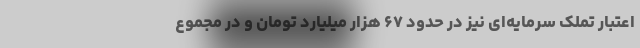
اعتبار تملک سرمایه‌ای نیز در حدود ۶۷ هزار میلیارد تومان و در مجموع